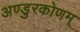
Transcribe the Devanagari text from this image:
अण्डुरकोणम्